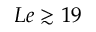
L e \gtrsim 1 9